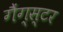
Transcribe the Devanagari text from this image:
गैंग्‍स्‍टर